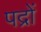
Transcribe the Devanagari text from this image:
पद्रों